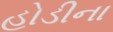
હોડીના